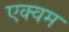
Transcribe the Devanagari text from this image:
एक्वम